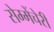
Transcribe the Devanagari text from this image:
सेम्मेंचेरी